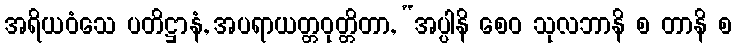
အရိယဝံသေ ပတိဋ္ဌာနံ, အပရာယတ္တဝုတ္တိတာ, “အပ္ပါနိ စေဝ သုလဘာနိ စ တာနိ စ